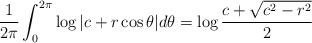
\begin{align*} \frac{1}{2\pi} \int_0^{2\pi} \log{|c + r \cos{\theta}|} d\theta = \log{\frac{c+\sqrt{c^2-r^2}}{2}}\end{align*}